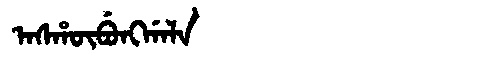
Manchu: ᠠᠰᡥᡡᠪᡠᠩᡤᠠᠯᠠ
Romanization: ASHŪBUNGGALA